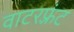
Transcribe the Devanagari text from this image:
वाटरफ़्रंट